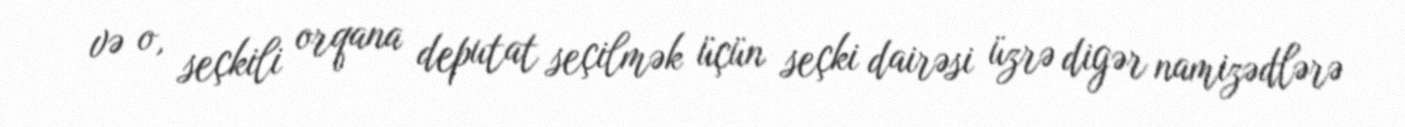
və o, seçkili orqana deputat seçilmək üçün seçki dairəsi üzrə digər namizədlərə